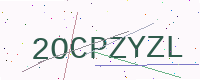
Text: 2OCPZYZL